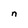
Character: n